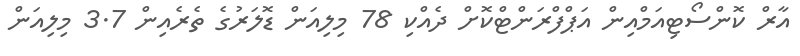
އާރް ކޮންސޯޓިއަމްއިން އަޕްފްރަންޓްކޮށް ދެއްކި 78 މިލިއަން ޑޮލަރުގެ ތެރެއިން 3.7 މިލިއަން